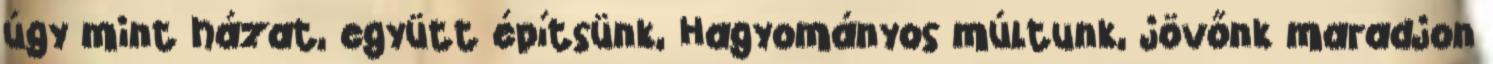
úgy mint házat, együtt építsünk, Hagyományos múltunk, jövőnk maradjon